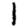
Digit: 1